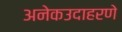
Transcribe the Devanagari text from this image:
अनेकउदाहरणे